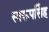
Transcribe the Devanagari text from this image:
स्वरूपसिंह